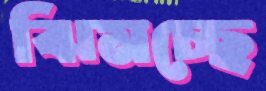
ঝিমচ্ছে